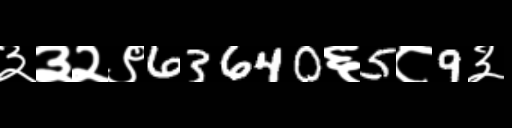
Text: ३३२९63640६5८9३